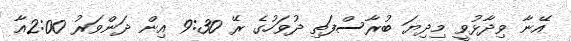
އޭނާ ވިދާޅުވީ މިދިޔަ ބުރާސްފަތި ދުވަހުގެ ރޭ 9:30 އިން ދަންވަރު 2:00އާ